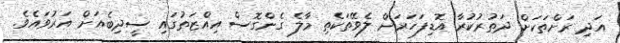
އަދި ރަށްތަކަށް ދަތުރުކުރާ އޮޑިފަހަރަށް ލެވޭތަކެތި މާލެ ގެންގޮސް އިއްޒަތުގައި ސީދިބެއަށް އަރުވައެވެ.